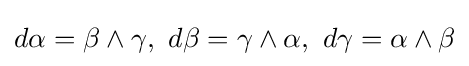
d\alpha =\beta \wedge \gamma ,\,\,d\beta =\gamma \wedge \alpha ,\,\,d\gamma =\alpha \wedge \beta